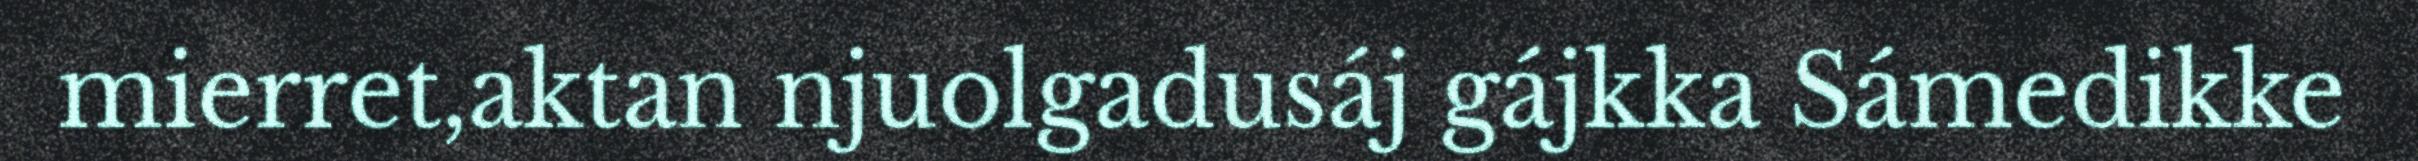
mierret,aktan njuolgadusáj gájkka Sámedikke